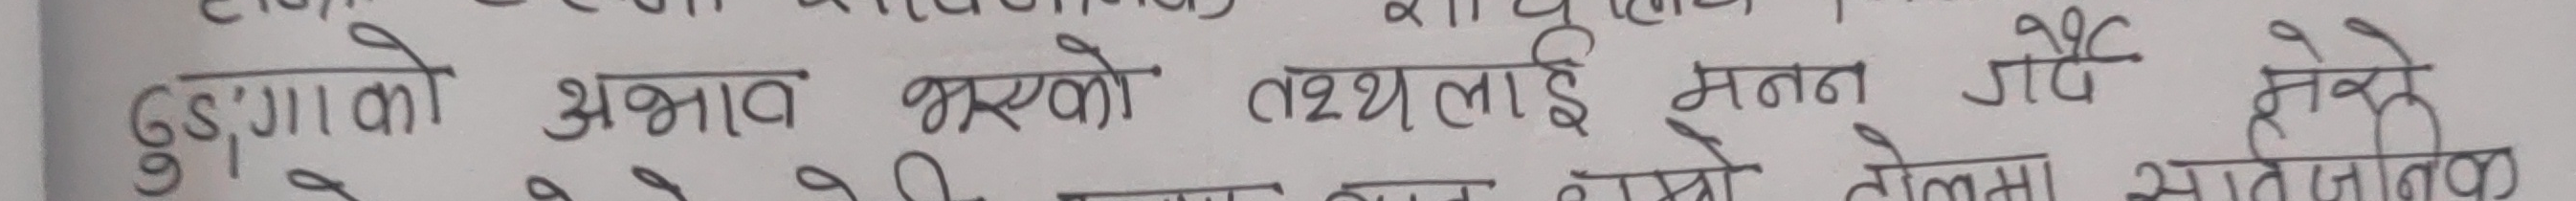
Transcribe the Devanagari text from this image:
दुङ्गाको अभाव भएको तथ्यलाई मनन गर्दै हेर्ने